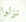
نزلوا